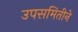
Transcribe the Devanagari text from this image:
उपसमितीने